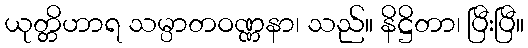
ယုတ္တိဟာရ သမ္ပာတဝဏ္ဏနာ၊ သည်။ နိဋ္ဌိတာ၊ ပြီးပြီ။